Annual report on the health of the army in India
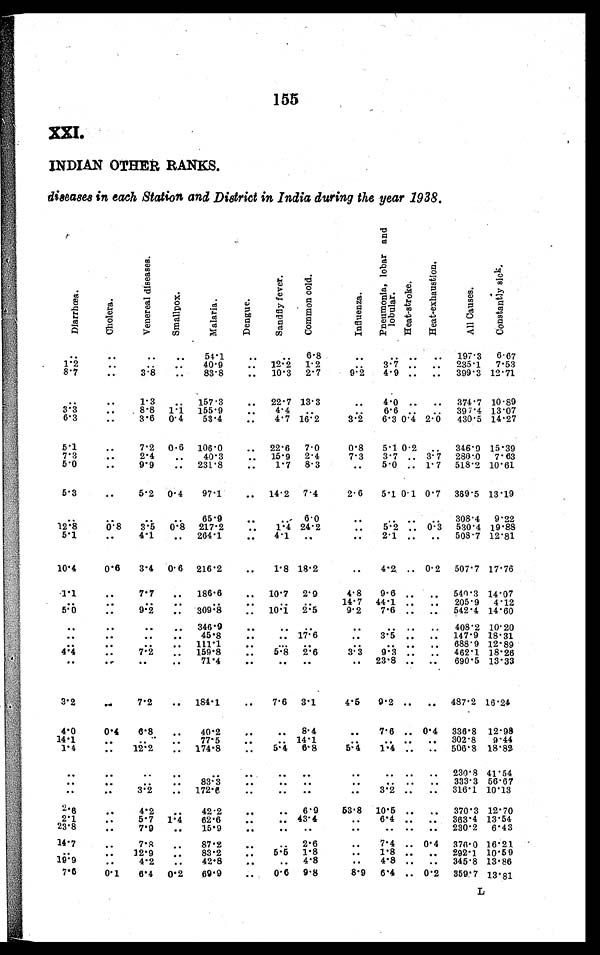
155
XXI.
INDIAN OTHER RANKS.
diseases in each Station and District in India during the year 1938.
D i a r r h œ a .
C h o l e r a .
v e n e r e a l d i s e a s e s .
S m a l l p o x .
M a l a r i a .
D e n g u e .
S a n d f l y f e v e r .
C o m m o n c o l d .
I n f l u e n z a .
P n e u m o n i a , l o b a r a n d l o b u l a r .
H e a t - s t r o k e .
H e a t - e x h a u s t i o n .
A l l C a u s e s .
C o n s t a n t l y s i c k .
. . .
. . .
. . .
. . .
54.1
. . .
. . . 6.8
. . .
. . . . . .
. . . 197.3 6.67
1.2
. . .
. . .
. . . 40.9
. . . 12.2 1.2
. . . 3.7
. . . . . . 235.1 7.53
8.7
. . . 3.8
. . .
83.8
. . . 10.3 2.7
9.2
4.9
. . . . . . 399.3 12.71
. . .
. . . 1.3
. . . 157.3
. . .
22.7 13.3
. . . 4.0
. . . . . . 374.7 10.89
3.3
. . . 8.8 1.1 155.9
. . .
4.4
. . .
. . . 6.6
. . .
. . . 397.4 13.07
6.3
. . . 3.6 0.4
53.4
. . .
4.7 16.2
3.2
6.3 0.4 2.0 430.5 14.27
5.1
. . . 7.2 0.6 106.0
. . . 22.6 7.0
0.8
5.1 0.2
. . . 346.9 15.39
7.3
. . . 2.4
. . .
40.3
. . . 15.9 2.4
7.3
3.7
. . . 3.7 280.0 7.63
5 . 0
. . . 9.9
. . . 231.8
. . .
1.7 8.3
. . .
5.0
. . . 1.7 518.2 10.61
5.3
. . . 5.2 0.4
97.1
. . . 14.2 7.4
2.6
5.1 0.1 0.7 369.5 13.19
. . .
. . .
. . .
. . .
6 5 . 9
. . .
. . . 6.0
. . .
. . .
. . . . . . 308.4 9.22
12.8
0.8
3.5 0.8 217.2
. . .
1.4 24.2
. . . 5.2
. . . 0.3 530.4 19.88
5.1
. . . 4.1
. . . 264.1
. . .
4.1
. . .
. . . 2.1
. . . . . . 508.7 12.81
10.4
0.6
3.4 0.6 216.2
. . .
1.8 18.2
. . . 4.2
. . . 0.2 507.7 17.76
1 . 1
. . . 7.7
. . . 186.6
. . . 10.7 2.9
4.8
9.6
. . .
. . . 540.3 14.07
. . .
. . .
. . .
. . .
. . .
. . .
. . . . . .
1 4 . 7 44.1
. . .
. . . 205.9 4.12
5 . 0
. . . 9.2
. . . 309.8
. . . 10.1 2.5
9.2
7.6
. . . . . . 542.4 14.60
. . .
. . .
. . .
. . . 346.9
. . .
. . .
. . .
. . .
. . . . . . . . .
408.2 10.20
. . .
. . .
. . .
. . .
45.8
. . .
. . . 17.6
. . .
3.5
. . . . . . 147.9 18.31
. . .
. . .
. . .
. . . 111.1
. . .
. . . . . .
. . .
. . .
. . . . . .
688.9 12.89
4.4
. . . 7.2
. . .
159.8
. . .
5.8
2.6
3.3
9.3
. . . . . . 462.1 18.26
. . .
. . .
. . . . . .
71.4
. . .
. . .
. . .
. . . 23.8
. . . . . .
690.5 13.33
3 . 2
. . . 7.2
. . . 184.1
. . .
7.6 3.1
4.5
9.2
. . .
. . . 487.2 16.24
4.0
0.4
6.8
. . .
40.2
. . .
. . . 8.4
. . .
7.6
. . . 0.4 336.8 12.98
14.1
. . .
. . . . . .
77.5
. . .
. . . 14.1
. . .
. . .
. . . 302.8
9.44
1.4
. . . 12.2
. . . 174.8
. . .
5.4 6.8
5.4 1.4
. . . . . . 506.8 18.82
. . .
. . .
. . .
. . .
. . .
. . .
. . .
. . .
. . .
. . . . . . . . .
230.8 41.54
. . .
. . .
. . .
. . .
8 3 . 3
. . .
. . .
. . .
. . .
. . .
. . .
. . . 333.3 56.67
. . .
. . . 3.2
. . . 172.6
. . .
. . . . . .
. . .
3.2
. . .
. . . 316.1 10.13
2 . 6
. . . 4.2
. . .
42.2
. . .
. . . 6.9
53.8 10.5
. . .
. . . 370.3 12.70
2.1
. . . 5.7 1.4
62.6
. . .
. . . 43.4
. . .
6.4
. . . . . . 363.4 13.54
23.8
. . . 7.9
. . .
15.9
. . .
. . .
. . .
. . .
. . .
. . .
. . .
230.2 6.43
14.7
. . . 7.8
. . . 87.2
. . .
. . . 2.6
. . . 7.4
. . . 0.4 376.0 16.21
. . .
. . . 12.9
. . .
83.2
. . .
5.5 1.8
. . . 1.8
. . . . . . 292.1 10.59
1 9 . 9
. . . 4.2
. . .
4 2 . 8
. . .
. . . 4.8
. . . 4.8
. . . . . . 345.8 13.86
7.6
0.1
6.4
0 . 2
69.9
. . .
0.6 9.8
8.9 6.4
. . . 0.2 359.7 13.81